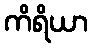
ကိရိယာ